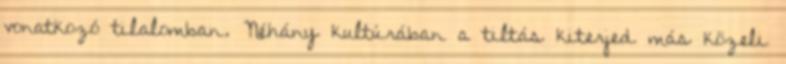
vonatkozó tilalomban. Néhány kultúrában a tiltás kiterjed más közeli